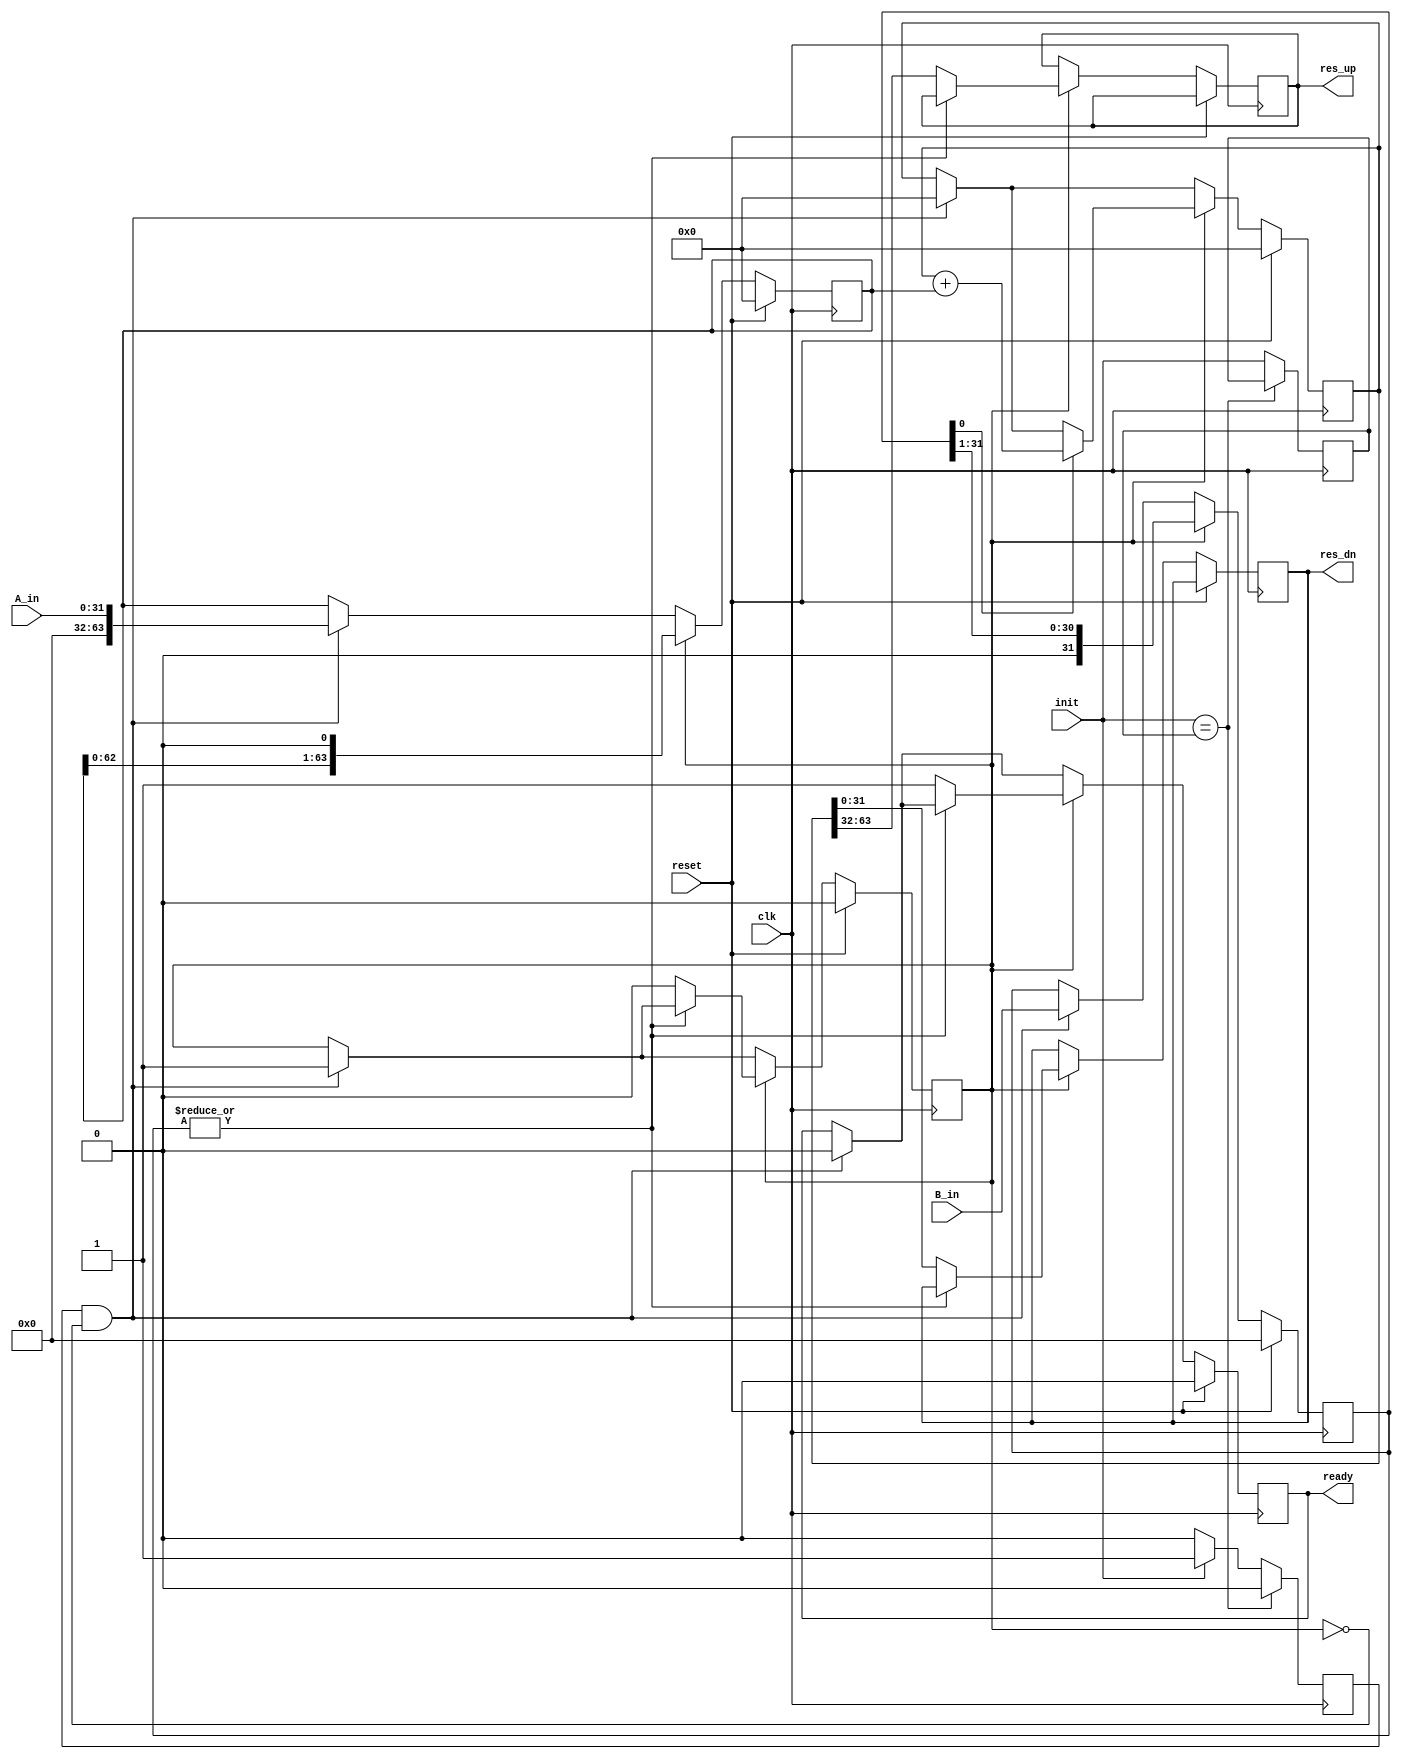
//-----------------------------------------------------
// Design Name : multiplier 
//-----------------------------------------------------
module multiplier #(
	parameter          freq_hz = 25000000
) (
	input				reset,
	input				clk,
	// operandos
	input [31:0]		A_in,
	input [31:0]		B_in,
	//
	input				init,	// control de inicio
	output reg			ready,	// verificacion resultado
	// resultado
	output reg [31:0]	res_up,
	output reg [31:0]	res_dn
	//	
);

reg [63:0]	PP;
reg	[63:0]	A;
reg	[31:0]	B;
reg			busy;
reg			init2; 
reg			init_prev = 0;

always @(posedge clk)
begin
	if (init == init_prev) begin
		init2 = 0;
		init_prev <= init_prev;
	end else begin
		init_prev <= init;
		if (init == 1) begin
			init2 = 1;
		end else begin
			init2 = 0;
		end
	end
end

always @(negedge clk)
begin
	if (reset) begin
		PP		<= 0;
		A		<= 0;
		B		<= 0;
		busy	<= 0;
		ready	<= 0;
	end else begin
		if (init2 & !busy) begin
			A		<= { 32'b0, A_in};
			B		<= B_in;
			PP		<= 0;
			ready	<= 0;
			busy	<= 1;
		end
		if (busy) begin
			if (B[0]) begin
				PP <= PP+A;
			end
			A <= {A[62:0], 1'b0};
			B <= {1'b0, B[31:1]};
			if (!(|B)) begin
				ready	<= 1;
				busy	<= 0;
				res_up	<= PP[63:32];
				res_dn	<= PP[31:0];
			end
		end
	end
end

endmodule